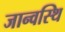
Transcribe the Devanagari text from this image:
जान्वस्थि